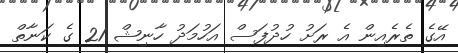
އޭގެ ތެރެއިން އެ ރަށު ހުދުފަސް އަހުމަދު ހާނިޝް 21 ގެ ކަނާތް